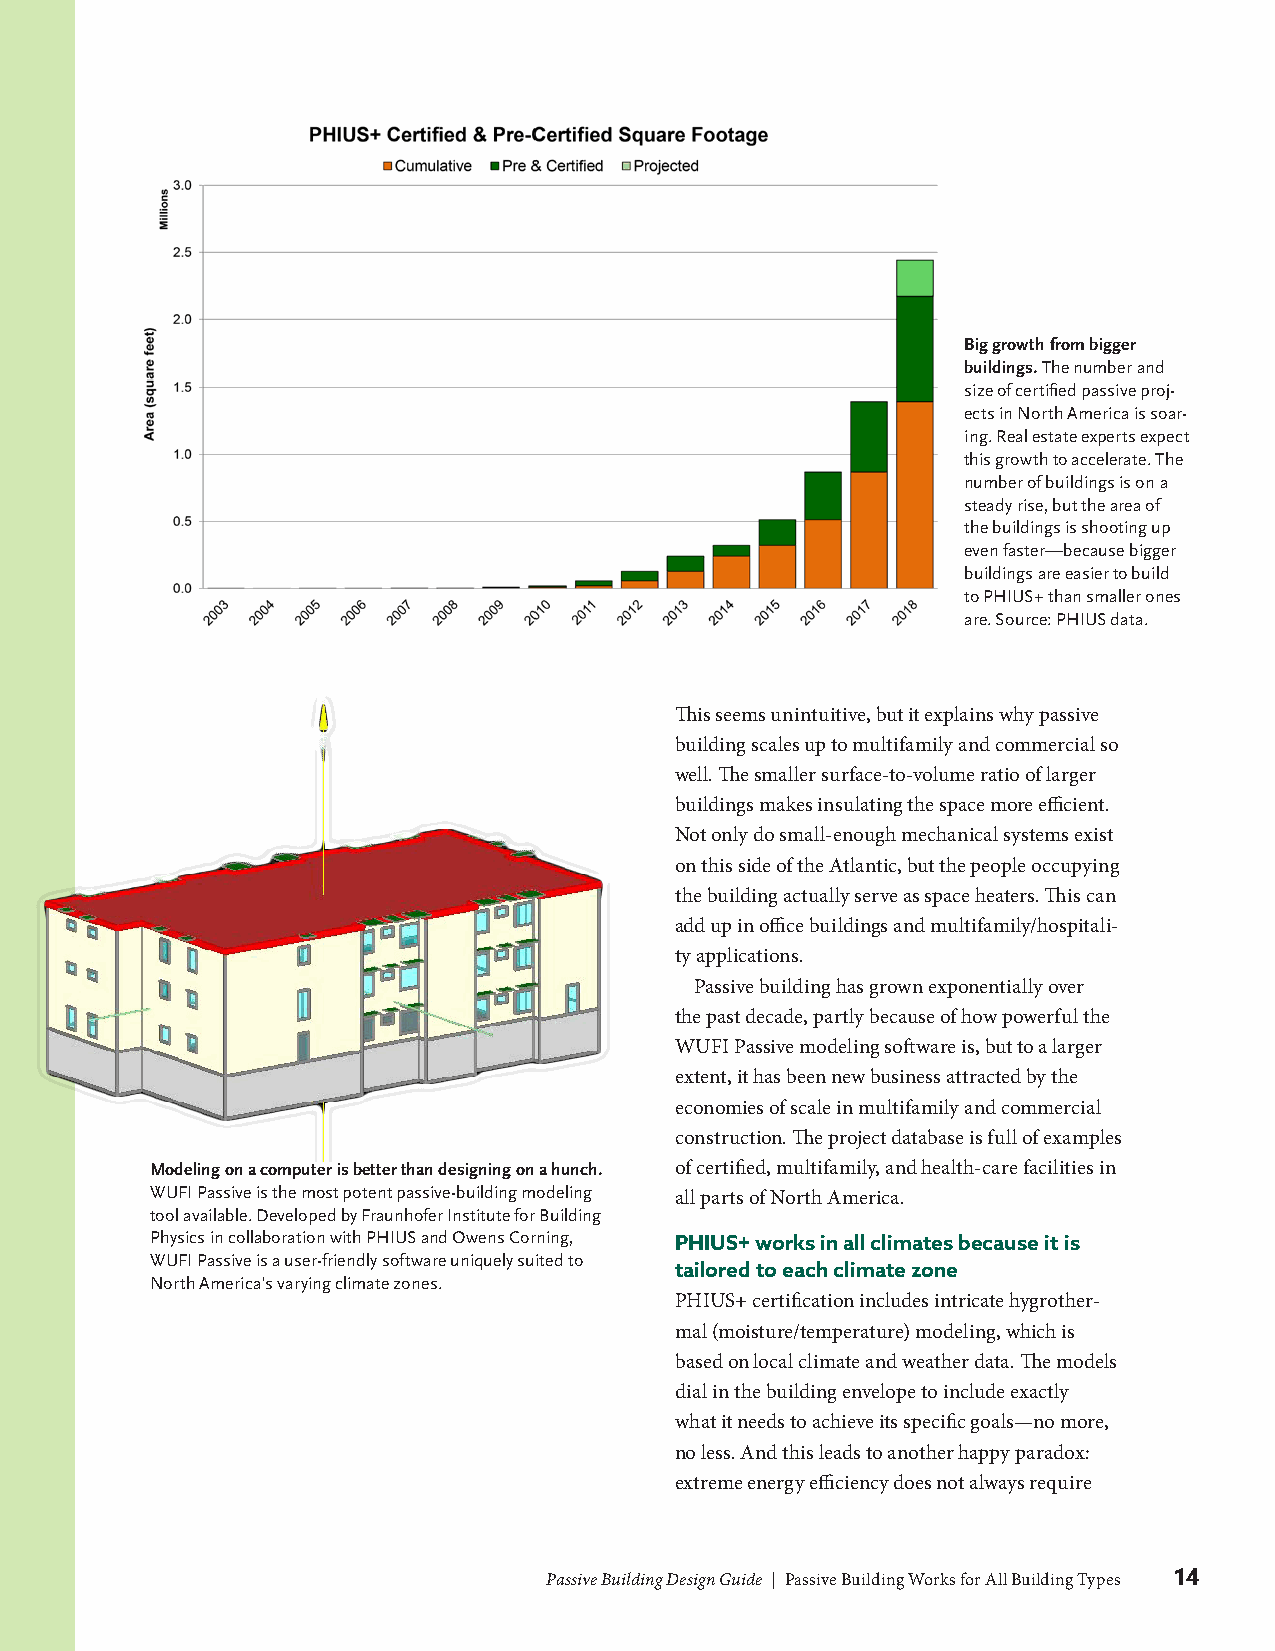
Big growth from bigger
 buildings. The number and
 size of certified passive proj-
 ects in North America is soar-
 ing. Real estate experts expect
 this growth to accelerate. The
 number of buildings is on a
 steady rise, but the area of
 the buildings is shooting up
 even faster—because bigger
 buildings are easier to build
 to PHIUS+ than smaller ones
 are. Source: PHIUS data.
 This seems unintuitive, but it explains why passive
 building scales up to multifamily and commercial so
 well. The smaller surface-to-volume ratio of larger
 buildings makes insulating the space more efficient.
 Not only do small-enough mechanical systems exist
 on this side of the Atlantic, but the people occupying
 the building actually serve as space heaters. This can
 add up in office buildings and multifamily/hospitali-
 ty applications.
 Passive building has grown exponentially over
 the past decade, partly because of how powerful the
 WUFI Passive modeling software is, but to a larger
 extent, it has been new business attracted by the
 economies of scale in multifamily and commercial
 construction. The project database is full of examples
 Modeling on a computer is better than designing on a hunch. of certified, multifamily, and health-care facilities in
 WUFI Passive is the most potent passive-building modeling
 all parts of North America.
 tool available. Developed by Fraunhofer Institute for Building
 Physics in collaboration with PHIUS and Owens Corning, PHIUS+ works in all climates because it is
 WUFI Passive is a user-friendly software uniquely suited to
 tailored to each climate zone
 North America's varying climate zones.
 PHIUS+ certification includes intricate hygrother-
 mal (moisture/temperature) modeling, which is
 based on local climate and weather data. The models
 dial in the building envelope to include exactly
 what it needs to achieve its specific goals—no more,
 no less. And this leads to another happy paradox:
 extreme energy efficiency does not always require
 Passive Building Design Guide | Passive Building Works for All Building Types 14